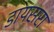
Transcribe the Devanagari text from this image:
डायसरा